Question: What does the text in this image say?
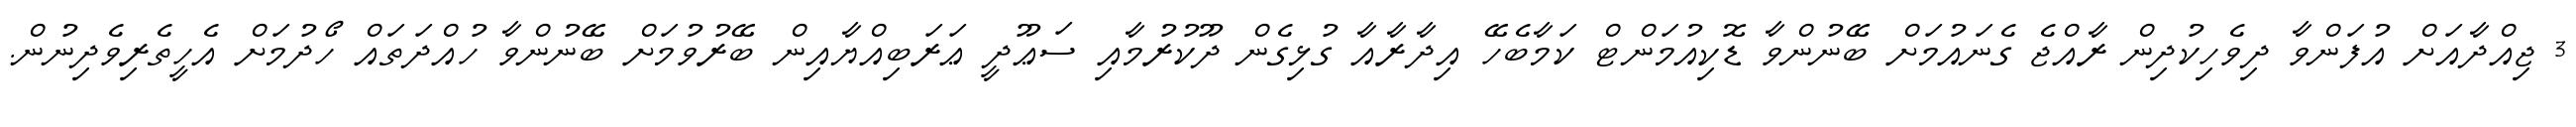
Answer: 3 ޖިއްދާއަށް އުފަންވާ ދިވެހިކުދިން ރާއްޖެ ގެނައުމަށް ބޭނުންވާ ޑޮކިއުމަންޓް ކަމާބެހޭ އިދާރާއާ ގުޅިގެން ދޫކުރުމާއި ސަޢޫދީ ޢަރަބިއްޔާއިން ބޭރުވުމަށް ބޭނުންވާ ހުއްދަތައް ހޯދުމަށް އެހީތެރިވެދިނުން.